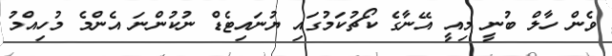
ވެން ހާލް ބުނީ މިއީ އޭނާގެ ކޯޗުކަމުގައި ޔުނައިޓެޑް ނުކުންނަ އެންމެ މުހިއްމު